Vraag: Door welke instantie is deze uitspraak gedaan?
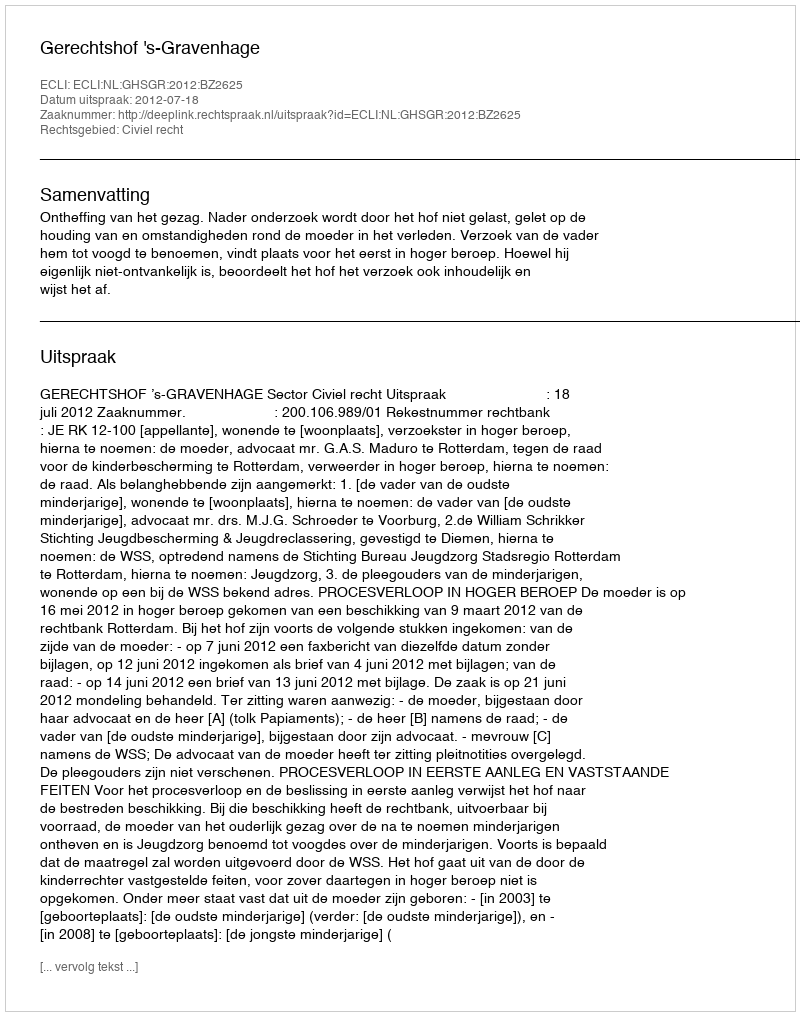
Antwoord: Gerechtshof 's-Gravenhage